Annual report of the Bengal Veterinary College and of the Civil Veterinary Department, Bengal, for the year 1918-19 - 1918-1919
Year: 1918
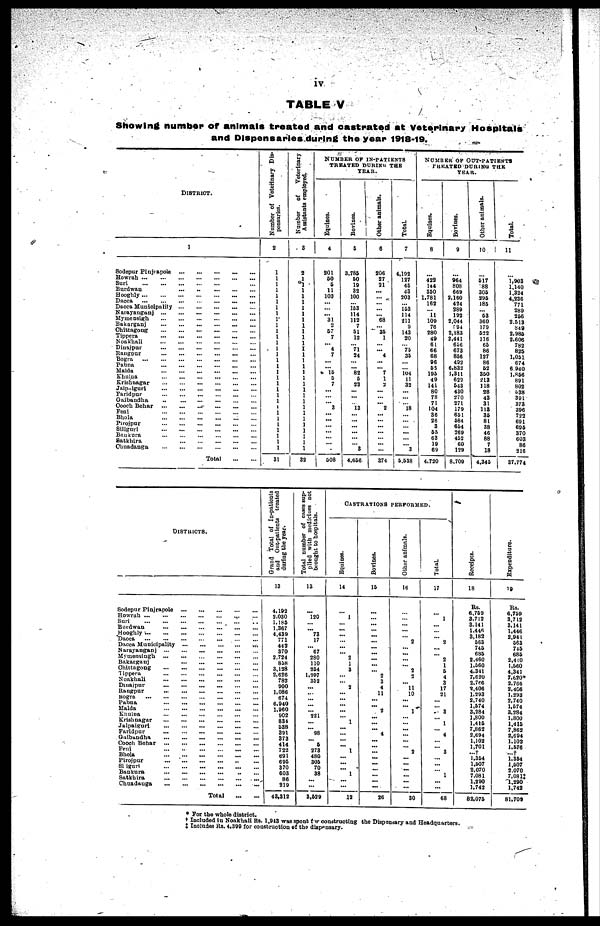
iv
TABLE V
Showing number of animals treated and castrated at Veterinary Hospitals
and Dispensaries during the year 1918-19.
DISTRICT.
1
Sodepur Pinjrapole
...
...
...
...
...
Howrah
...
...
...
...
...
...
...
Suri
...
...
...
...
...
...
Burdwan
...
..
...
...
...
Hooghly
...
...
...
...
...
...
...
Dacca
...
...
...
...
...
...
...
Dacca Municipality
...
...
...
...
...
Narayanganj
...
...
...
...
...
...
Mymensigh
...
...
...
...
...
...
Bakarganj
...
...
...
...
...
...
Ohittagong
...
...
...
...
...
...
Tippera
...
...
...
...
...
...
Noakhali
...
...
...
...
...
...
Dinajpur
...
...
...
...
...
...
Rangpur
...
...
...
...
...
...
Bogra
...
...
...
...
...
...
...
Pabna
...
...
...
...
...
...
Malda
...
...
...
...
...
...
Khulna
...
...
...
...
...
...
Krishnagar
...
...
...
...
...
...
Jalpaiguri
...
...
...
...
...
...
Faridpur
...
...
...
...
...
...
Gaibandha
..
...
...
...
...
...
Cooch Behar
...
...
...
...
...
...
Fenl
...
...
...
...
...
...
Bhola
...
...
...
...
...
...
Pirojpur
...
...
...
...
...
...
Siliguri
...
...
...
...
...
...
Bankura
...
...
...
...
...
...
Satkhira
...
...
...
...
...
Chuadanga
...
...
...
...
...
...
Total
...
...
Number of Veterinary Dis-
pensaries.
2
1
1
1
1
1
1
1
1
1
I
1
1
1
1
1
1
1
1
1
1
1
1
1
1
1
1
1
1
1
1
1
31
Number
of
Veterinary
Assistants employed.
3
2
1
1
1
1
1
1
1
1
1
1
1
1
1
1
1
1
1
1
1 1
1
1
1
1
1
1
1
1
1 1
32
NUMBER OF IN-PATIENTS
TREATED DURING THE
YEAR.
Equines.
4
201
50
5
11
103
...
... ... 31
2
57
7
... 4
7
...
... 15
5
7
...
...
... 3
... ...
...
...
...
...
.
508
Bovines.
5
3,785
60
19
32
100
... 153
114
112
7
51
12
... 71
24
...
... 82
5
23
...
...
... 13
...
...
...
...
...
... 3
4,656
Other animals.
6
206
27
21
...
...
...
...
... 68
... 36
1
... ... 4
...
... 7
1
2
...
...
... 2
...
... ...
...
... ...
...
374
Total.
7
4,132
127
43
43
203
... 153
114
211
9
143
20
... 75
35
...
... 104 11
32
...
...
... 18
...
...
...
...
...
... 3
5,538
NUMBER OF OUT-PATIENTS
TREATED DURING THE
YEAR.
Equines.
8
...
422
144
350
1,781
162
... 11 109
76
280
49
61
66
68
96
53
195
49
141
80
78
71
104
36
26
3
55
63
19
69
4,720
Bovines.
9
...
964
808
669
2,160
424
289
192
2,044
594
2,183
2,441
656
673
856
493
6,832
1,311
620
643
430
270
274
179
651
684
654
269
452
60
129
8,709
Other animals.
10
...
617
88
305
295
185
... 53
360
173
522
116
65
86
127
86
62
350
213
118
28
43
31
113
36
81
38
46
88
7
18
4,345
Total.
11
...
1,903
1,140
1,324
4,236
771
289
266
2,513
849
2,985
2,606
782
825
1,051
674
6 940
1,866
891
802
538
391
373
396
722
691
696
370
603
86
216
37,774
DISTRICTS.
Sodepur Pinjrapole
...
...
...
...
...
Howrah
...
...
...
...
...
...
...
Suri
...
...
...
...
...
...
.
.
Butdwan
...
...
...
...
...
...
Hooghly
...
...
...
...
...
...
...
Dacca
...
...
...
...
...
...
...
Dacca Municipality ... ... ... ... ...
Narayanganj
...
...
...
...
...
...
Mymensingh
...
...
...
...
...
...
Bakarganj
...
...
...
...
Ohittagong
...
...
...
...
...
...
Tippera
...
...
...
...
...
...
Noakhali
...
...
...
...
...
...
Dinaipur
...
...
...
...
...
...
Rangpur
...
...
...
...
...
Bogra
...
...
...
...
...
...
...
Pabna
...
...
...
...
...
...
Malda ... ... ... ... ... ...
Khulna ... ... ... ... ... ...
Krishnagar
...
...
...
...
...
Jalpaiguri
...
...
...
...
...
...
Faridpur
...
...
...
...
...
...
Gaibundha
...
...
...
...
...
...
Cooch Behar
...
...
...
...
...
...
Feni
...
..
...
...
...
...
Bhola
...
...
...
...
...
...
Pirojpur ... ... ... ... .. ...
Siriguri
...
...
...
...
...
Bankura
...
...
...
...
..
...
Satkhira
...
...
...
...
...
...
Chuadanga
...
...
...
...
...
...
Total
...
...
Grand Total of In-patients
and Out-patients treated
during the year.
13
4,192
2.030
1,185
1.367
4,439
771
443
370
2.724
858
3,128
2,626
782
900
1,086
674
6,940
1,960
902
834
538
391
373
414
722
691
695
370
603
86
219
43,312
Total number of cases sup-
plied with medicines not
brought to hospitals.
13
... 120
... ... 73
17
... 67
280
110
254
1,997
352
...
...
...
...
... 221
...
... 98
... 5
273
480
305
70
38
...
...
3,529
CASTRATIONS PERFORMED.
Equines.
14
... 1
...
...
...
... ...
... 2
1
3
...
... 2
...
... ...
...
...
1
...
...
... ... 1
... ...
... 1
...
...
12
Bovines.
15
...
...
... ...
...
...
...
...
... ...
... 2
3
4
11
...
... 2
...
...
... 4
...
...
...
...
...
... ...
...
...
26
Other animals.
16
...
...
2
...
2
2
11
10
... 1
...
...
2
...
...
...
30
Total.
17
1
2
2
1
5
4
3
17
21
3
1
4
3
...
1
...
...
68
Receipts.
18
Rs.
6,759
3.712
3,141
1,446
3.182
663
745
685
2.460
1.560
4.311
7,620
2,766
2,406
1,293
2,740
1,574
3,284
1,800
1,415
7,862
2,694
1,102
1,701
...†
1,354
1,507
2,070
7.081
1,290
1,742
82,075
Expenditure.
19
Rs.
6,759
3,712
3,141
1,446
2,941
663
715
685
2,480
1,560
4,341
7,620
2,766
2,406
1,293
2,740
1,574
3,284
1,800
1,415
7,862
2,694
1,102
1,576
...†
1.354
1,507
2,70
7,081‡
1,290
1,742
81,709
* For the whole district.
† Included in Noakhali Rs. 1,943 was spent for conducting the Dispensary and Headquarters.
‡ Includes Rs. 4,399 for construction of the dispensary.